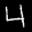
Label: 4